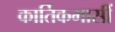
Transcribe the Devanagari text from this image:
कार्तिकमासीं